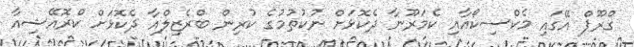
ގްރޫޕް އޭގައި މެކްސިކޯއާއި ކެމަރޫނާ ދެކޮޅަށް ނުކުތުމުގެ ކުރިން ބްރެޒިލްއާ ދެކޮޅަށް ކްރޮއޭޝިއާ